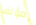
مؤلف